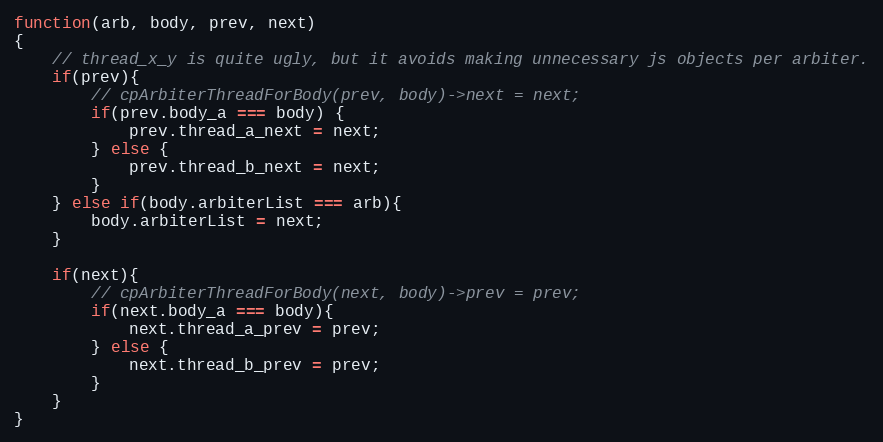
Language: JavaScript
function(arb, body, prev, next)
{
    // thread_x_y is quite ugly, but it avoids making unnecessary js objects per arbiter.
    if(prev){
        // cpArbiterThreadForBody(prev, body)->next = next;
        if(prev.body_a === body) {
            prev.thread_a_next = next;
        } else {
            prev.thread_b_next = next;
        }
    } else if(body.arbiterList === arb){
        body.arbiterList = next;
    }

    if(next){
        // cpArbiterThreadForBody(next, body)->prev = prev;
        if(next.body_a === body){
            next.thread_a_prev = prev;
        } else {
            next.thread_b_prev = prev;
        }
    }
}